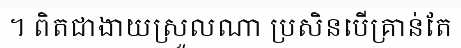
។ ពិតជាងាយស្រួលណា ប្រសិនបើគ្រាន់តែ